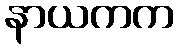
နာယကက